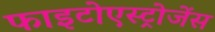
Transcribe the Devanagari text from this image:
फाइटोएस्ट्रोजेंस